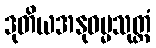
ဒုတိယအနုဓမ္မသုတ္တံ